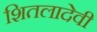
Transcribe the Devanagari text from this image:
शितलादेवी